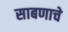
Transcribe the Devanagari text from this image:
साबणाचे